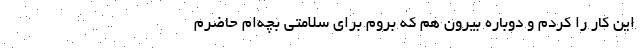
این کار را کردم و دوباره بیرون هم که بروم برای سلامتی بچه‌ام حاضرم